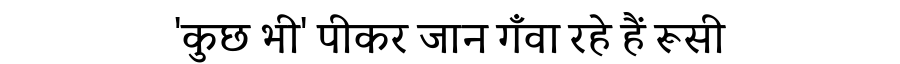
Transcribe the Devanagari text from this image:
'कुछ भी' पीकर जान गँवा रहे हैं रूसी